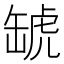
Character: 𧇍